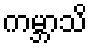
ကမ္ဘာသိ